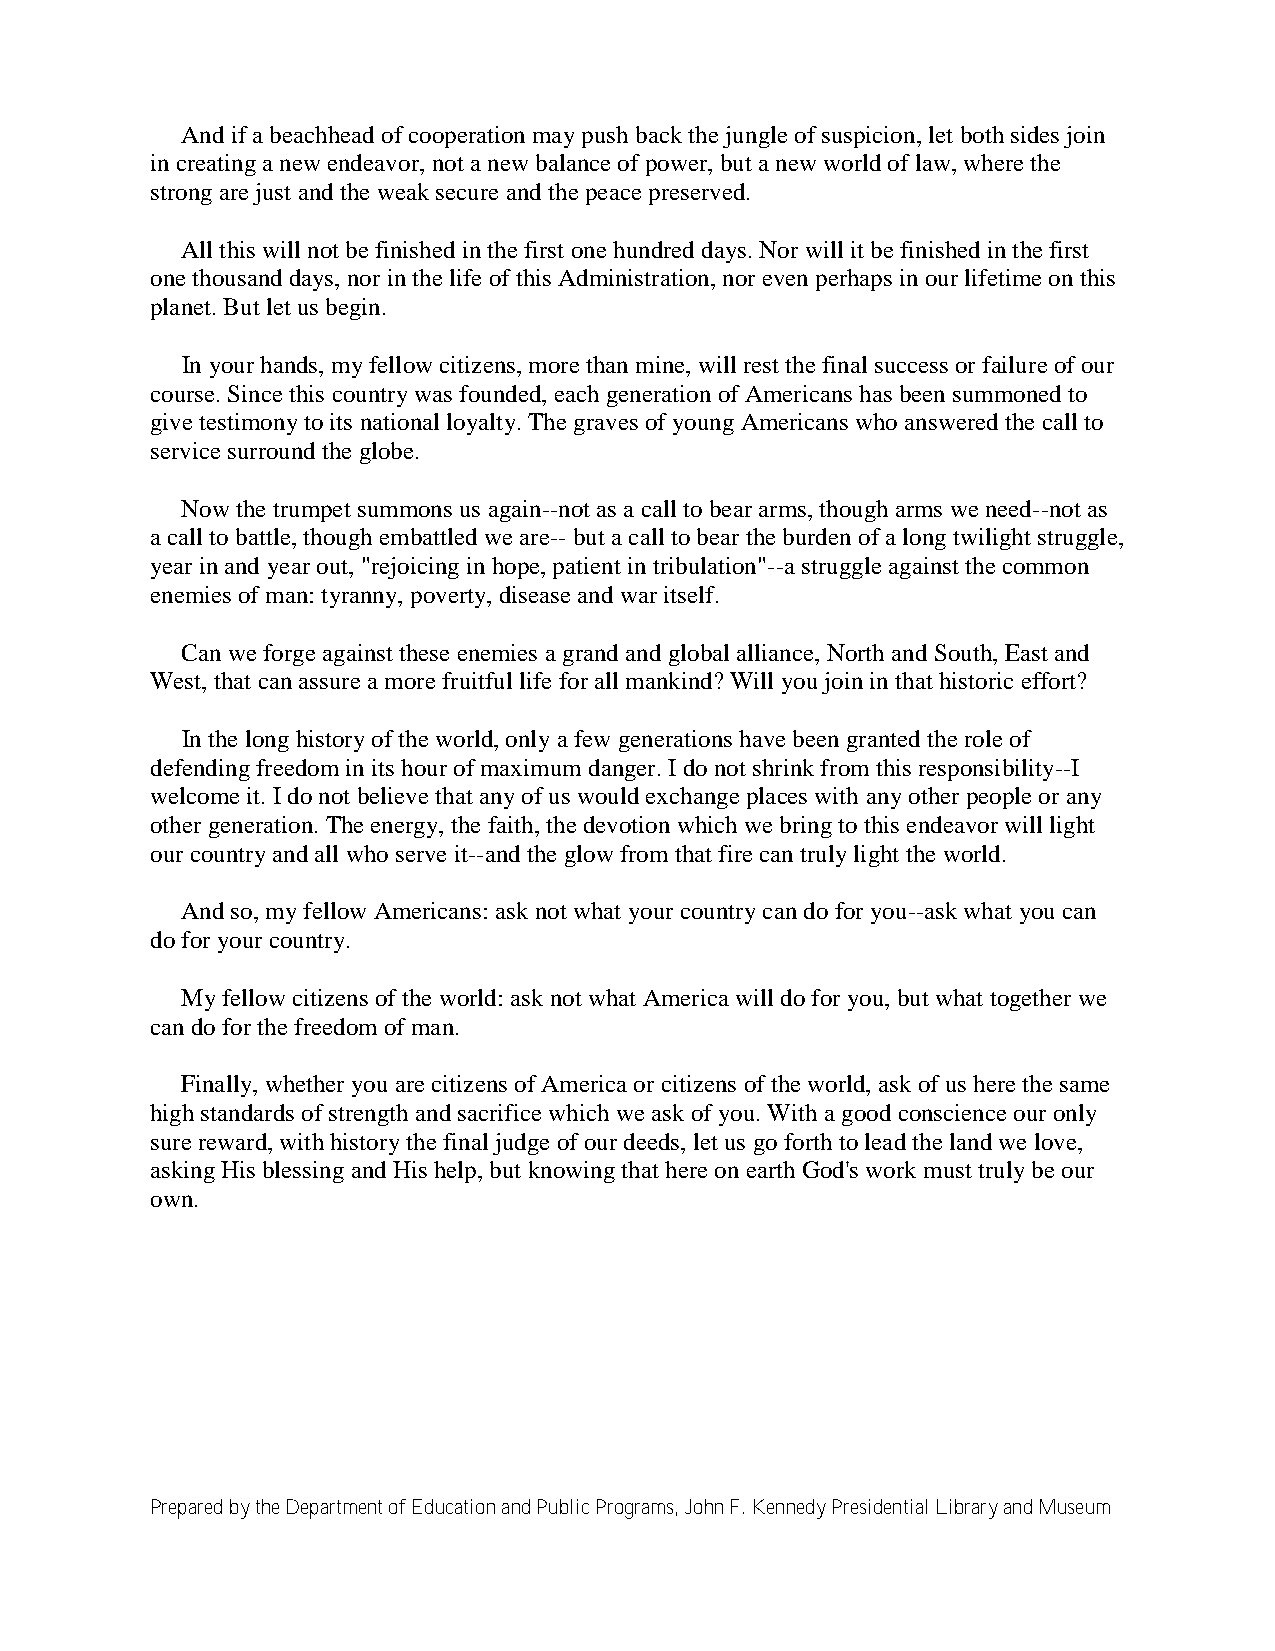
And if a beachhead of cooperation may push back the jungle of suspicion, let both sides join
 in creating a new endeavor, not a new balance of power, but a new world of law, where the
 strong are just and the weak secure and the peace preserved.
 All this will not be finished in the first one hundred days. Nor will it be finished in the first
 one thousand days, nor in the life of this Administration, nor even perhaps in our lifetime on this
 planet. But let us begin.
 In your hands, my fellow citizens, more than mine, will rest the final success or failure of our
 course. Since this country was founded, each generation of Americans has been summoned to
 give testimony to its national loyalty. The graves of young Americans who answered the call to
 service surround the globe.
 Now the trumpet summons us again--not as a call to bear arms, though arms we need--not as
 a call to battle, though embattled we are-- but a call to bear the burden of a long twilight struggle,
 year in and year out, "rejoicing in hope, patient in tribulation"--a struggle against the common
 enemies of man: tyranny, poverty, disease and war itself.
 Can we forge against these enemies a grand and global alliance, North and South, East and
 West, that can assure a more fruitful life for all mankind? Will you join in that historic effort?
 In the long history of the world, only a few generations have been granted the role of
 defending freedom in its hour of maximum danger. I do not shrink from this responsibility--I
 welcome it. I do not believe that any of us would exchange places with any other people or any
 other generation. The energy, the faith, the devotion which we bring to this endeavor will light
 our country and all who serve it--and the glow from that fire can truly light the world.
 And so, my fellow Americans: ask not what your country can do for you--ask what you can
 do for your country.
 My fellow citizens of the world: ask not what America will do for you, but what together we
 can do for the freedom of man.
 Finally, whether you are citizens of America or citizens of the world, ask of us here the same
 high standards of strength and sacrifice which we ask of you. With a good conscience our only
 sure reward, with history the final judge of our deeds, let us go forth to lead the land we love,
 asking His blessing and His help, but knowing that here on earth God's work must truly be our
 own.
 Prepared by the Department of Education and Public Programs, John F. Kennedy Presidential Library and Museum